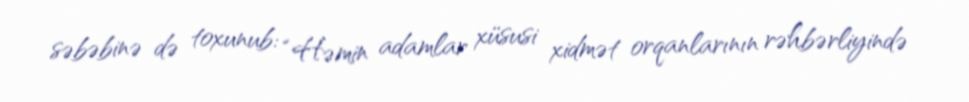
səbəbinə də toxunub: “Həmin adamlar xüsusi xidmət orqanlarının rəhbərliyində